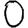
Digit: 0